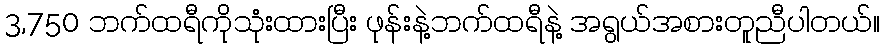
3,750 ဘက်ထရီကိုသုံးထားပြီး ဖုန်းနဲ့ဘက်ထရီနဲ့ အရွယ်အစားတူညီပါတယ်။